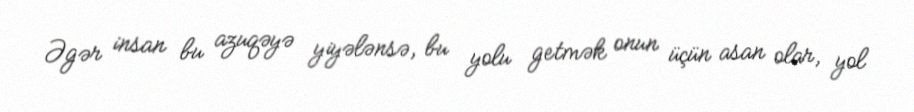
Əgər insan bu azuqəyə yiyələnsə, bu yolu getmək onun üçün asan olar, yol